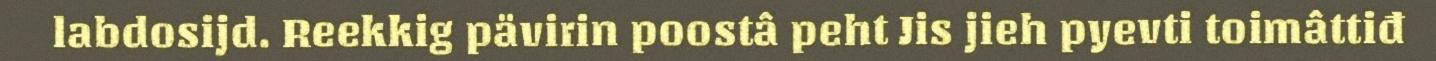
labdosijd. Reekkig pävirin poostâ peht Jis jieh pyevti toimâttiđ